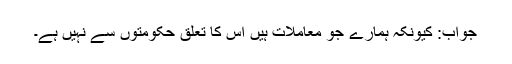
جواب: کیونکہ ہمارے جو معاملات ہیں اس کا تعلق حکومتوں سے نہیں ہے۔